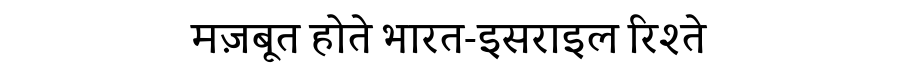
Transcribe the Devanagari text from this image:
मज़बूत होते भारत-इसराइल रिश्ते